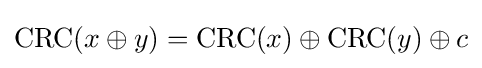
\operatorname {CRC} (x\oplus y)=\operatorname {CRC} (x)\oplus \operatorname {CRC} (y)\oplus c